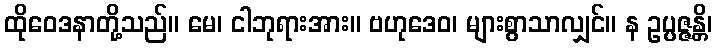
ထိုဝေဒနာတို့သည်။ မေ၊ ငါဘုရားအား။ ဗဟုဒေဝ၊ များစွာသာလျှင်။ န ဥပ္ပဇ္ဇန္တိ၊